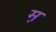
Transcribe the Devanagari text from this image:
म़